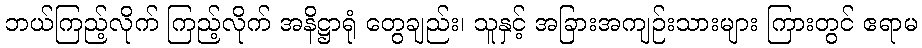
ဘယ်ကြည့်လိုက် ကြည့်လိုက် အနိဋ္ဌာရုံ တွေချည်း၊ သူနှင့် အခြားအကျဉ်းသားများ ကြားတွင် ဧရာမ